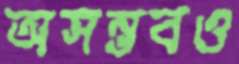
অসম্ভবও